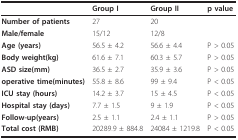
|  | Group I | Group II | p value |
 | --- | --- | --- | --- |
 | Number of patients | 27 | 20 |  |
 | Male/female | 15/12 | 12/8 |  |
 | Age (years) | 56.5 ± 4.2 | 56.6 ± 4.4 | P > 0.05 |
 | Body weight(kg) | 61.6 ± 7.1 | 60.3 ± 5.7 | P > 0.05 |
 | ASD size(mm) | 36.5 ± 2.7 | 35.9 ± 3.6 | P > 0.05 |
 | operative time(minutes) | 55.8 ± 8.6 | 99 ± 9.4 | P < 0.05 |
 | ICU stay (hours) | 14.2 ± 3.7 | 15 ± 4.5 | P < 0.05 |
 | Hospital stay (days) | 7.7 ± 1.5 | 9 ± 1.9 | P < 0.05 |
 | Follow-up(years) | 2.5 ± 1.1 | 2.4 ± 1.1 | P > 0.05 |
 | Total cost (RMB) | 20289.9 ± 884.8 | 24084 ± 1219.8 | P < 0.05 |